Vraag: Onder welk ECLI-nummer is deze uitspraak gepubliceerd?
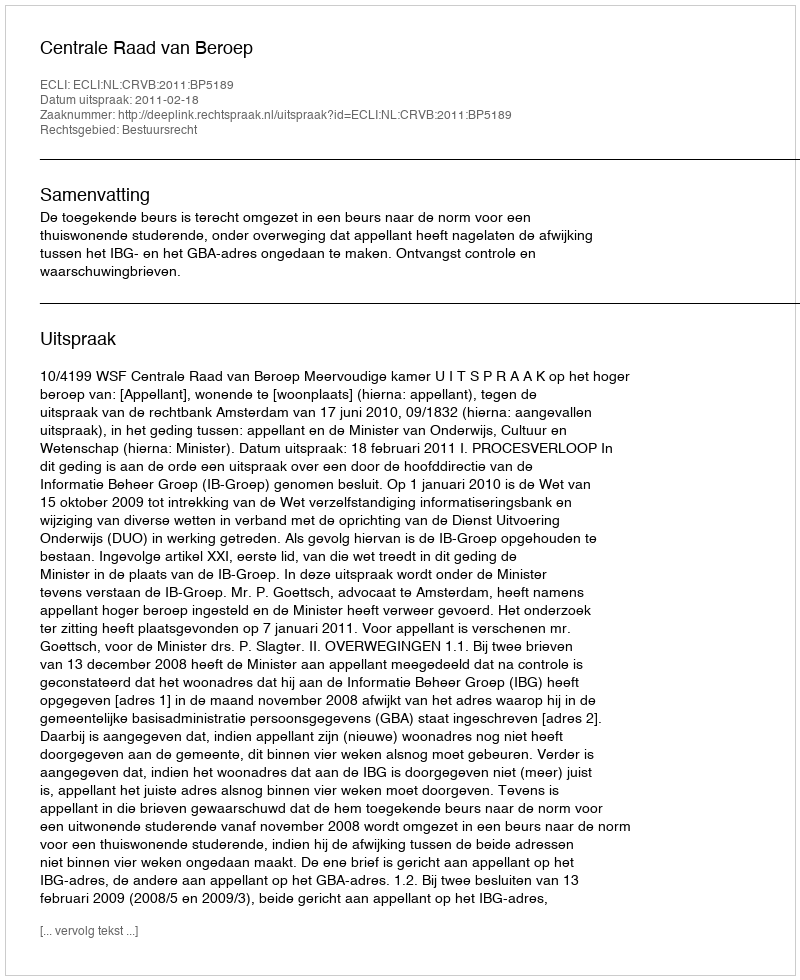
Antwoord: ECLI:NL:CRVB:2011:BP5189